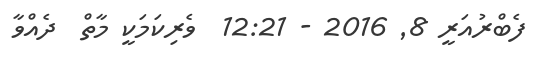
ފެބްރުއަރީ 8